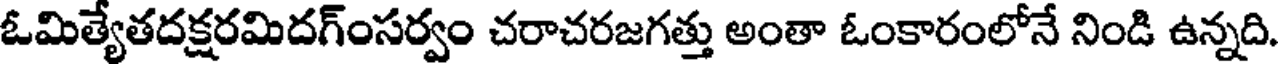
ఓమిత్యేతదక్షరమిదగ్ంసర్వం చరాచరజగత్తు అంతా ఓంకారంలోనే నిండి ఉన్నది.